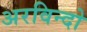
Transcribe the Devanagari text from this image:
अरविन्दो